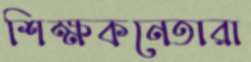
শিক্ষকনেতারা